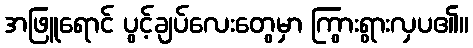
အဖြူရောင် ပွင့်ချပ်လေးတွေမှာ ကြွားရွားလှပ၏။